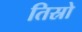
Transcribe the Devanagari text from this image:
तिस्रो